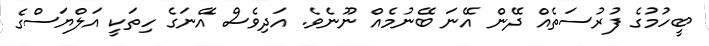
ބީހުމުގެ ފުރުސަތެއް ދޭން އޭނަ ބޭނުމެއް ނޫނެވެ. އަދިވެސް އޭނަގެ ހިތަކީ އަލްޔަސްގެ